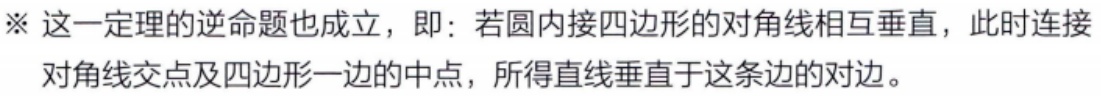
※ 这一定理的逆命题也成立，即：若圆内接四边形的对角线相互垂直，此时连接对角线交点及四边形一边的中点，所得直线垂直于这条边的对边。